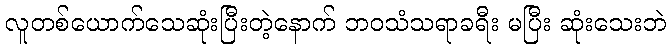
လူတစ်ယောက်သေဆုံးပြီးတဲ့နောက် ဘဝသံသရာခရီး မပြီး ဆုံးသေးဘဲ